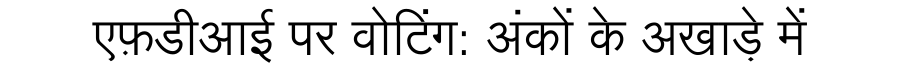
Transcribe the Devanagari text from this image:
एफ़डीआई पर वोटिंग: अंकों के अखाड़े में